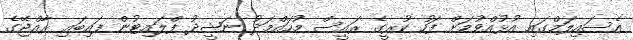
އެސައިލަމްގައި އުޅުއްވުމަށް ފަހު ކުރީގެ ރައީސް މުހައްމަދު ނަޝީދު ފްލައިޓުން ފައިބައި ރާއްޖޭގެ